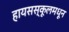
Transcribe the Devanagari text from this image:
हायसस्कूलमधून